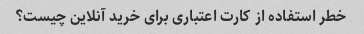
خطر استفاده از کارت اعتباری برای خرید آنلاین چیست؟